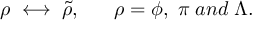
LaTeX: \rho \; \longleftrightarrow \; \tilde { \rho } , \; \; \; \; \; \; \rho = \phi , \; \pi \; a n d \; \Lambda .